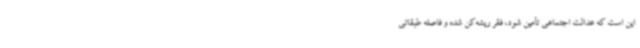
این است که عدالت اجتماعی تأمین شود، فقر ریشه‌کن شده و فاصله طبقاتی